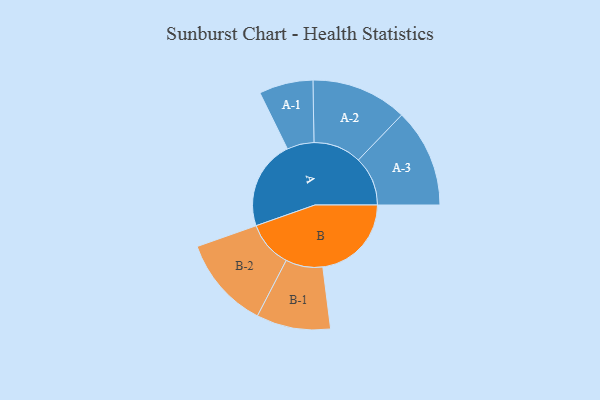
{"axis": {"x": "Segment", "y": "Value"}, "legend": ["", "A", "B"], "data": [{"x": "A", "y": 399, "type": ""}, {"x": "B", "y": 397, "type": ""}, {"x": "A-1", "y": 121, "type": "A"}, {"x": "A-2", "y": 215, "type": "A"}, {"x": "A-3", "y": 221, "type": "A"}, {"x": "B-1", "y": 166, "type": "B"}, {"x": "B-2", "y": 207, "type": "B"}]}